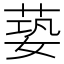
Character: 蒆